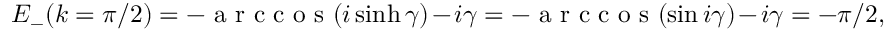
E _ { - } ( k = \pi / 2 ) = - \mathrm { ~ a ~ r ~ c ~ c ~ o ~ s ~ } ( i \sinh \gamma ) - i \gamma = - \mathrm { ~ a ~ r ~ c ~ c ~ o ~ s ~ } ( \sin i \gamma ) - i \gamma = - \pi / 2 ,